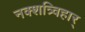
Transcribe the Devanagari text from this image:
नक्शत्र्विहार्